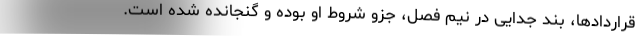
قراردادها، بند جدایی در نیم فصل، جزو شروط او بوده و گنجانده شده است.